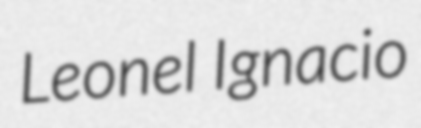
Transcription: Leonel Ignacio